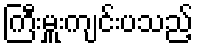
ကြီးမှူးကျင်းပသည့်